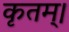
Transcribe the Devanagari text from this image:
कृतम्।